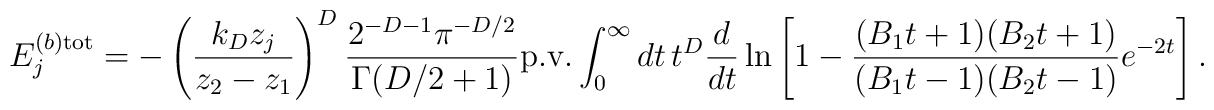
E_j^{(b){\mathrm{tot}}}=-\left( \frac{k_Dz_j}{z_2-z_1}\right) ^{D}\frac{2^{-D-1} \pi ^{-D/2}}{\Gamma (D/2+1)}{\mathrm{p.v.}}\int_0^\infty dt \, t^D\frac{d}{dt}\ln \left[1-\frac{(B_1t+1)(B_2t+1)}{(B_1t-1)(B_2t-1)}e^{-2t}\right] .